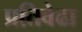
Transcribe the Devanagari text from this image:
प्रतिवेढा